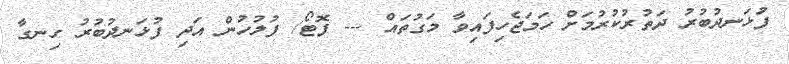
ފުަޅަނދުބުރު ދަތުުރުކުރުމަށް ހަމަޖެހިފައިވާ މަގުތައް --- ފޮޓޯ/ ފުލުހުން އަދި ފުޅަނދުބުރު ހިނގާ